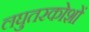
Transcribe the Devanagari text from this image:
लघुतरकोशों